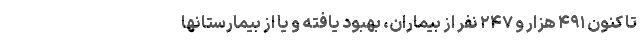
تا کنون ۴۹۱ هزار و ۲۴۷ نفر از بیماران، بهبود یافته و یا از بیمارستانها